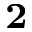
_ \mathbf { 2 }